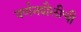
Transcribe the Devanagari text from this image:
वर्णनशैलीची